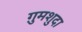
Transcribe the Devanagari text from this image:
ग़ुमशुदा